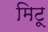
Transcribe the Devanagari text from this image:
मिटू